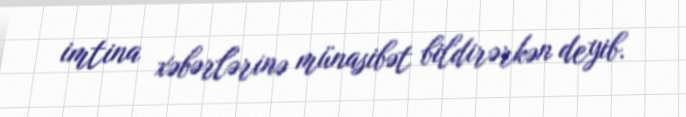
imtina xəbərlərinə münasibət bildirərkən deyib.